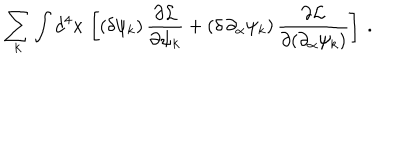
\sum _ { k } \int d ^ { 4 } x \, \left[ ( \delta \psi _ { k } ) \, { \frac { \partial { \cal L } } { \partial \psi _ { k } } } + ( \delta \, \partial _ { \alpha } \psi _ { k } ) \, { \frac { \partial { \cal L } } { \partial ( \partial _ { \alpha } \psi _ { k } ) } } \right] \ .